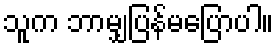
သူက ဘာမျှပြန်မပြောပါ။